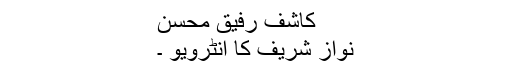
کاشف رفیق محسن
نواز شریف کا انٹرویو ۔